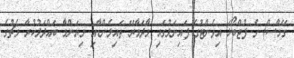
ގޭމްސް) ގެ ފުޓްބޯޅަ އިވެންޓުގެ ފައިނަލުގައި މާދަމާރޭ ތައިލެންޑާއި މިޔަންމާ ބައްދަލުކުރާ މެޗުގެ